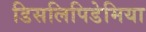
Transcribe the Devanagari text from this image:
डिसलिपिडेमिया